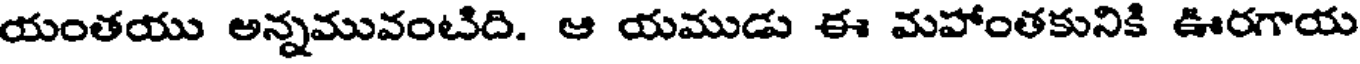
యంతయు అన్నమువంటిది. ఆ యముడు ఈ మహాంతకునికి ఊరగాయ